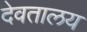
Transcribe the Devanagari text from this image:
देवतालय